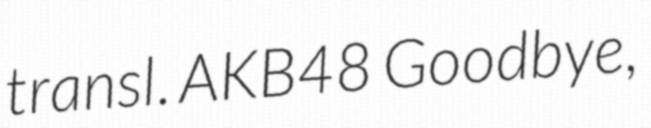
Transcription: transl. AKB48 Goodbye,